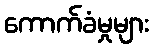
ကောက်ခံမှုများ